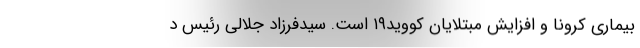
بیماری کرونا و افزایش مبتلایان کووید۱۹ است. سیدفرزاد جلالی رئیس د